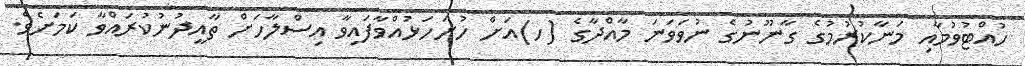
ހުއްޓުވުމާއި މަނާކުރުމުގެ ގާނޫނުގެ ނުވަވަނަ މާއްދާގެ (ހ)އަށް ހުށަހަޅުއްވާފައިވާ އިސްލާހަށް ތާއީދުނުކުރައްވާ ކަމަށެވެ.